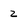
Character: 2